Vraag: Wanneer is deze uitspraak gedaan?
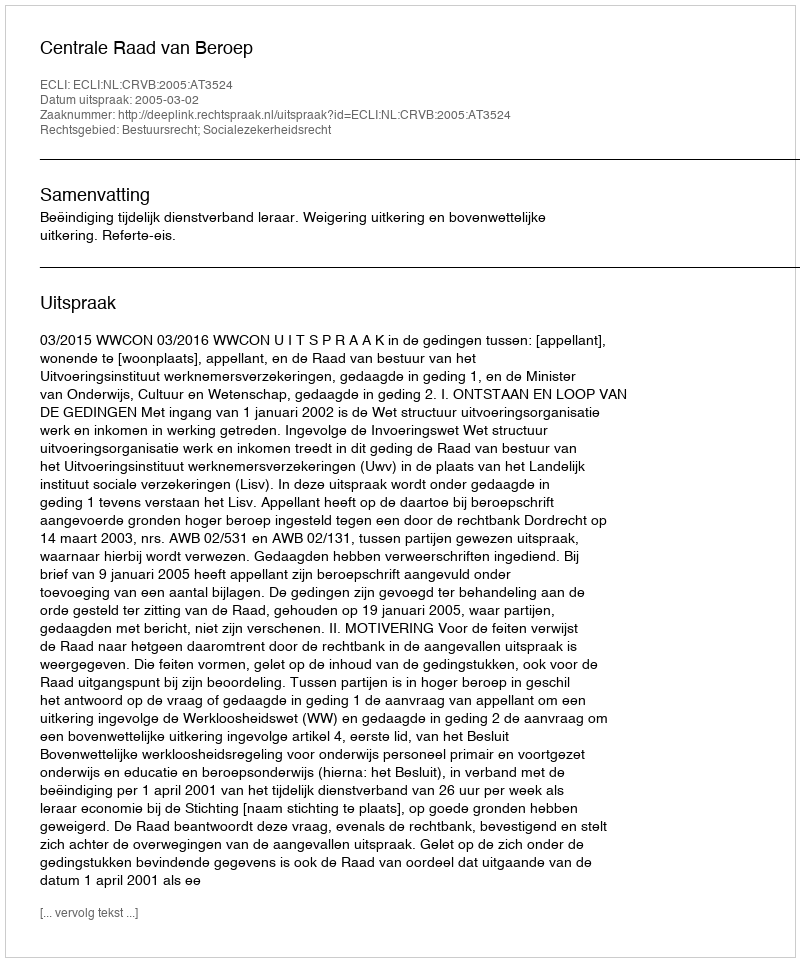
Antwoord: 2005-03-02